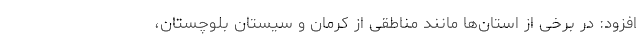
افزود: در برخی از استان‌ها مانند مناطقی از کرمان و سیستان بلوچستان،